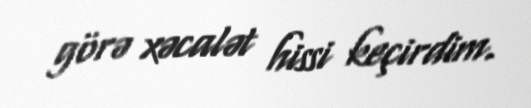
görə xəcalət hissi keçirdim.